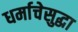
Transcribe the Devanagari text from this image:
धर्माचेसुद्धा